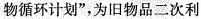
物循环计划”，为旧物品二次利